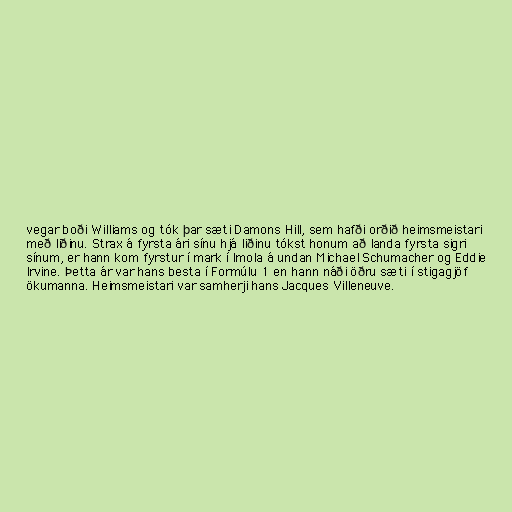
vegar boði Williams og tók þar sæti Damons Hill, sem hafði orðið heimsmeistari
með liðinu. Strax á fyrsta ári sínu hjá liðinu tókst honum að landa fyrsta sigri
sínum, er hann kom fyrstur í mark í Imola á undan Michael Schumacher og Eddie
Irvine. Þetta ár var hans besta í Formúlu 1 en hann náði öðru sæti í stigagjöf
ökumanna. Heimsmeistari var samherji hans Jacques Villeneuve.